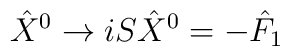
{\hat X}^0 \rightarrow  i S {\hat X}^0 = - {\hat F}_1